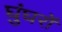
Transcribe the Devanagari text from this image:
घुंघरों